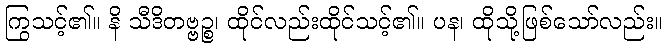
ကြွသင့်၏။ နိ သီဒိတဗ္ဗဉ္စ၊ ထိုင်လည်းထိုင်သင့်၏။ ပန၊ ထိုသို့ဖြစ်သော်လည်း။